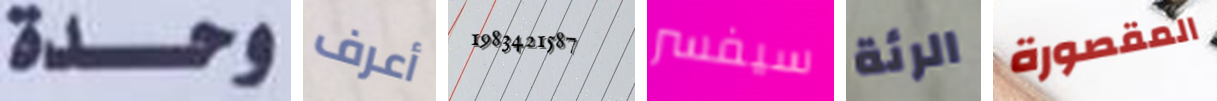
وحدة أعرف 1983421587 سيفسر الرئة المقصورة